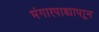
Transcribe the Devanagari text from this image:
भंगारपाड्यापाून